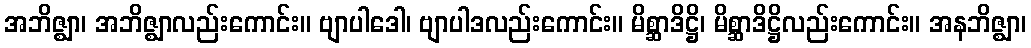
အဘိဇ္ဈာ၊ အဘိဇ္ဈာလည်းကောင်း။ ဗျာပါဒေါ၊ ဗျာပါဒလည်းကောင်း။ မိစ္ဆာဒိဋ္ဌိ၊ မိစ္ဆာဒိဋ္ဌိလည်းကောင်း။ အနဘိဇ္ဈာ၊